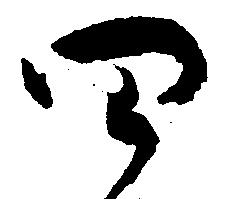
四